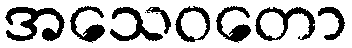
အသေဝတော